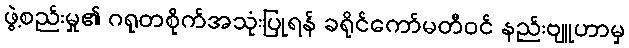
ဖွဲ့စည်းမှု၏ ဂရုတစိုက်အသုံးပြုရန် ခရိုင်ကော်မတီဝင် နည်းဗျူဟာမှ